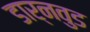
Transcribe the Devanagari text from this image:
डार्नवुड